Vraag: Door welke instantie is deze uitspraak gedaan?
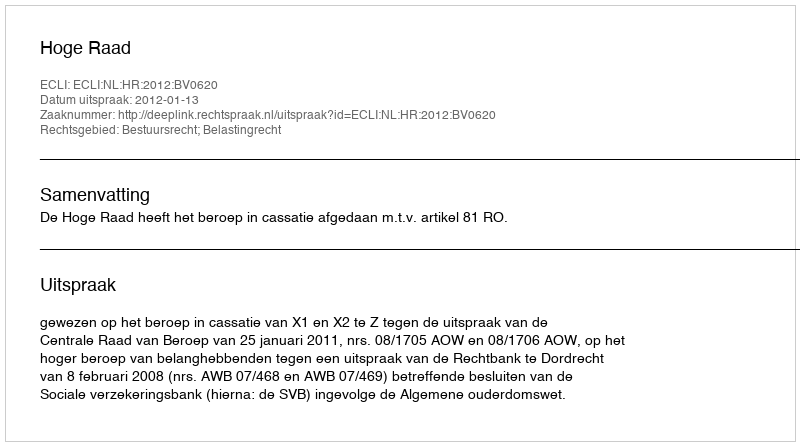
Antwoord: Hoge Raad